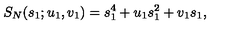
S _ { N } ( s _ { 1 } ; u _ { 1 } , v _ { 1 } ) = s _ { 1 } ^ { 4 } + u _ { 1 } s _ { 1 } ^ { 2 } + v _ { 1 } s _ { 1 } ,